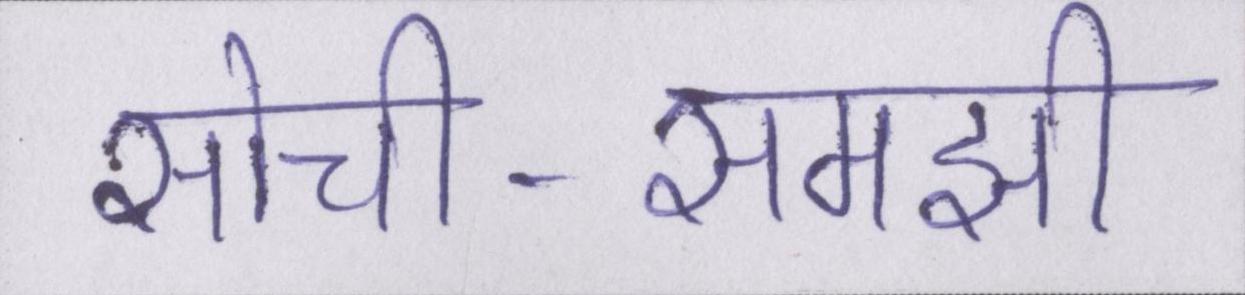
सोची-समझी